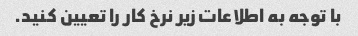
با توجه به اطلاعات زیر نرخ کار را تعیین کنید.